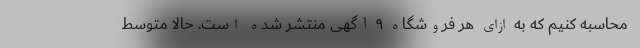
محاسبه کنیم که به ازای هر فروشگاه ۹ آگهی منتشر شده است. حالا متوسط